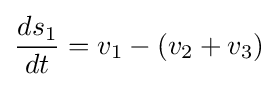
{\frac {ds_{1}}{dt}}=v_{1}-(v_{2}+v_{3})